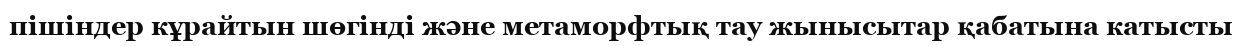
пішіндер кұрайтын шөгінді және метаморфтық тау жынысытар қабатына катысты